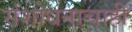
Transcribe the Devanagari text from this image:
संशोधनाचाही